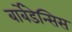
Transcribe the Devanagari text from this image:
बार्बेडेन्सिस